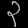
Digit: ၃